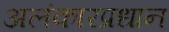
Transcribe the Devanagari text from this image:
अलंकारप्रधान